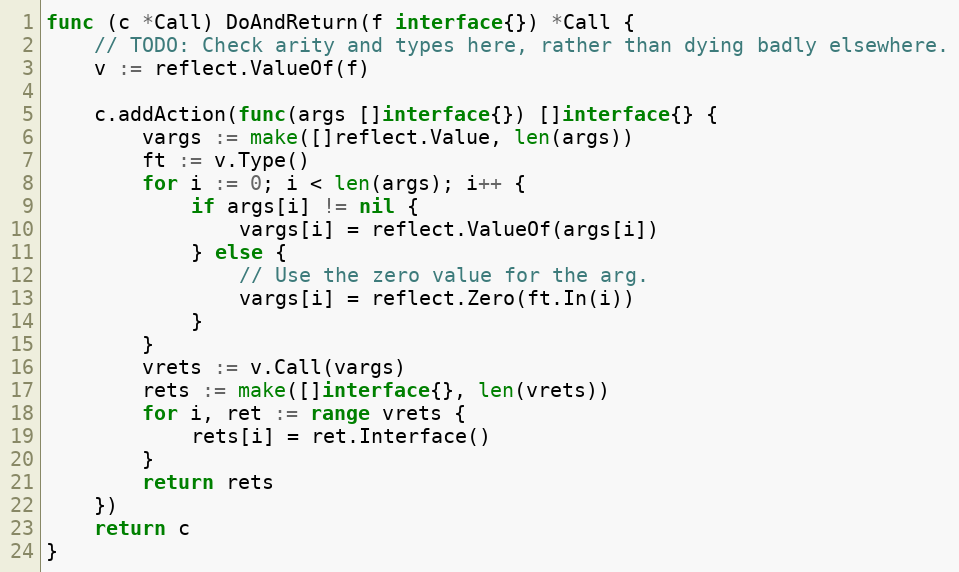
Language: Go
func (c *Call) DoAndReturn(f interface{}) *Call {
	// TODO: Check arity and types here, rather than dying badly elsewhere.
	v := reflect.ValueOf(f)

	c.addAction(func(args []interface{}) []interface{} {
		vargs := make([]reflect.Value, len(args))
		ft := v.Type()
		for i := 0; i < len(args); i++ {
			if args[i] != nil {
				vargs[i] = reflect.ValueOf(args[i])
			} else {
				// Use the zero value for the arg.
				vargs[i] = reflect.Zero(ft.In(i))
			}
		}
		vrets := v.Call(vargs)
		rets := make([]interface{}, len(vrets))
		for i, ret := range vrets {
			rets[i] = ret.Interface()
		}
		return rets
	})
	return c
}